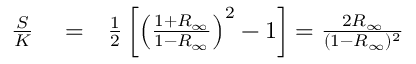
\begin{array} { r l r } { \frac { S } { K } } & { { } = } & { \frac { 1 } { 2 } \left[ \left( \frac { 1 + R _ { \infty } } { 1 - R _ { \infty } } \right) ^ { 2 } - 1 \right] = \frac { 2 R _ { \infty } } { ( 1 - R _ { \infty } ) ^ { 2 } } } \end{array}